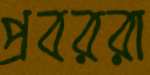
প্রবররা